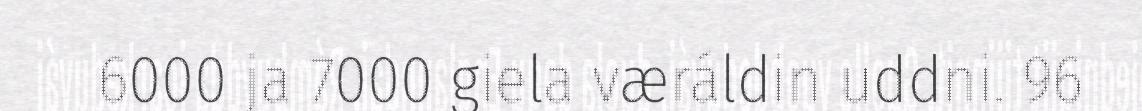
6000 ja 7000 giela væráldin uddni. 96